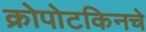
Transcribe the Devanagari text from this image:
क्रोपोटकिनचे